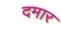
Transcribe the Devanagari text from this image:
दमार